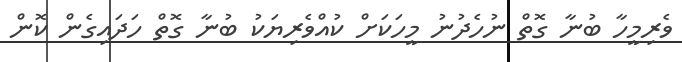
ވެރިމީހާ ބުނާ ގޮތް ނުހެދުނު މީހަކަށް ކުއްވެރިޔަކު ބުނާ ގޮތް ހަދައިގެން ކޮން